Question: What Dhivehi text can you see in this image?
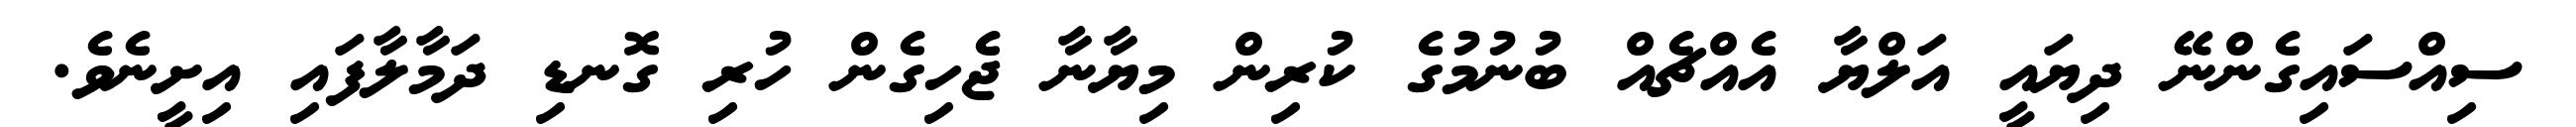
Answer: ސިއްސައިގެންނޭ ދިޔައީ އަލްޔާ އެއްޗެއް ބުނުމުގެ ކުރިން މިޔާނާ ޖެހިގެން ހުރި ގޮނޑި ދަމާލާފައި އިށީނެވެ.